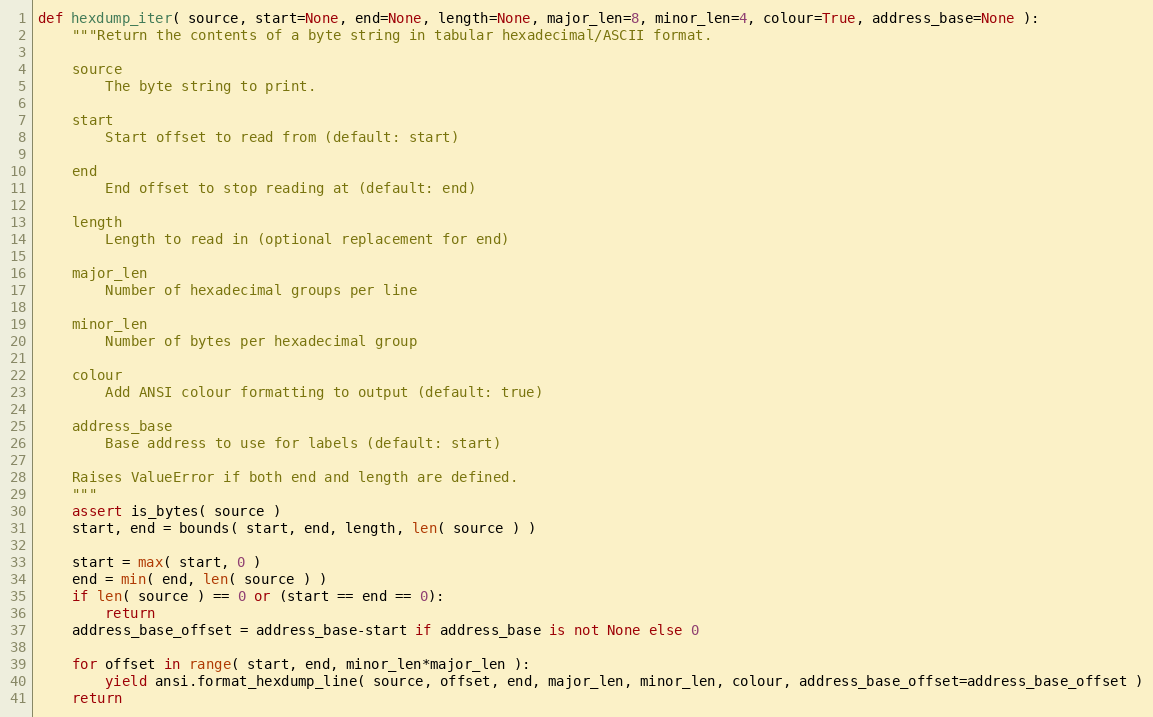
Language: Python
def hexdump_iter( source, start=None, end=None, length=None, major_len=8, minor_len=4, colour=True, address_base=None ):
    """Return the contents of a byte string in tabular hexadecimal/ASCII format.

    source
        The byte string to print.

    start
        Start offset to read from (default: start)

    end
        End offset to stop reading at (default: end)

    length
        Length to read in (optional replacement for end)

    major_len
        Number of hexadecimal groups per line

    minor_len
        Number of bytes per hexadecimal group

    colour
        Add ANSI colour formatting to output (default: true)

    address_base
        Base address to use for labels (default: start)

    Raises ValueError if both end and length are defined.
    """
    assert is_bytes( source )
    start, end = bounds( start, end, length, len( source ) )

    start = max( start, 0 )
    end = min( end, len( source ) )
    if len( source ) == 0 or (start == end == 0):
        return
    address_base_offset = address_base-start if address_base is not None else 0

    for offset in range( start, end, minor_len*major_len ):
        yield ansi.format_hexdump_line( source, offset, end, major_len, minor_len, colour, address_base_offset=address_base_offset )
    return